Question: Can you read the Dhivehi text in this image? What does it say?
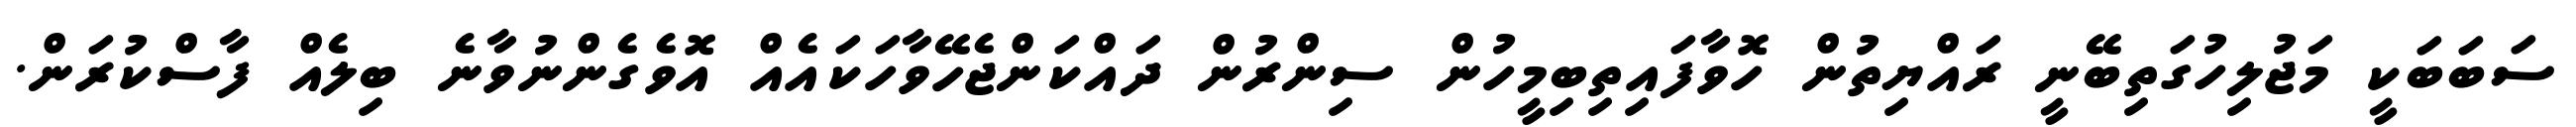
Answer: ސަބަބަކީ މަޖުލިހުގަތިބޭނީ ރައްޔިތުން ހޮވާފައިތިބިމީހުން ސިންރުން ދައްކަންޖެހޭވާހަކައެއް އޮވެގެންނުވާނެ ބިލެއް ފާސްކުރަން.